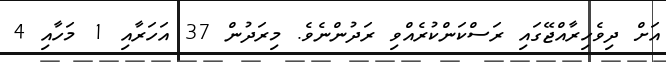
އަށް ދިވެހިރާއްޖޭގައި ރަސްކަންކުރެއްވި ރަދުންނެވެ. މިރަދުން 37 އަހަރާއި 1 މަހާއި 4